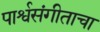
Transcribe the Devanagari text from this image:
पार्श्वसंगीताचा